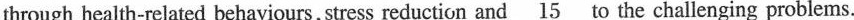
through health-related behaviours, stress reduction and \underline{15} to the challenging problems.